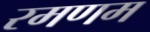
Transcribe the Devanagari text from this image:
रमणम